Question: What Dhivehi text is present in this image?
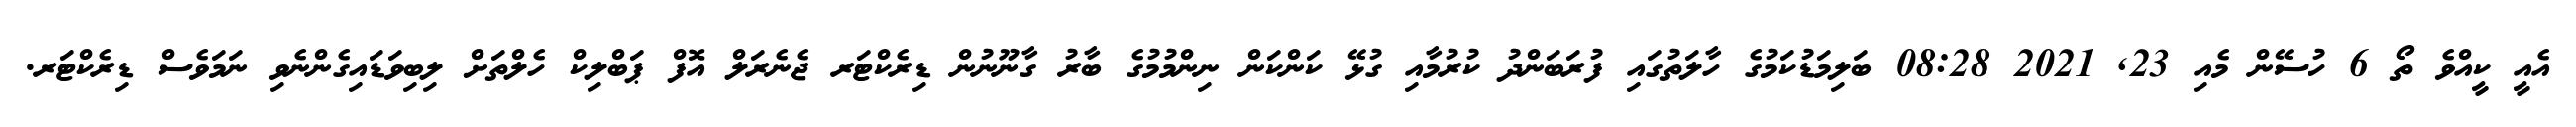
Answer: އެއީ ކީއްވެ ތޯ 6 ހުސޭން މެއި 23, 2021 08:28 ބަލިމަޑުކަމުގެ ހާލަތުގައި ފުރަބަންދު ކުރުމާއި ގުޅޭ ކަންކަން ނިންމުމުގެ ބާރު ގާނޫނުން ޑިރެކްޓަރ ޖެނެރަލް އޮފް ޕަބްލިކް ހެލްތަށް ލިބިވަޑައިގެންނެވި ނަމަވެސް ޑިރެކްޓަރ.